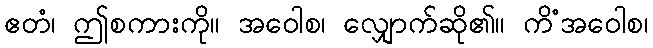
ဧတံ၊ ဤစကားကို။ အဝေါစ၊ လျှောက်ဆို၏။ ကိံအဝေါစ၊